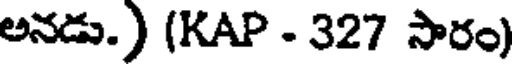
అనడు.) (KAP - 327 సారం)